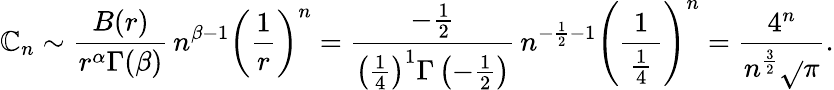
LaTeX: \mathbb{C}_{n}\sim{\frac{{B(r)}}{{r^{\alpha}\Gamma(\beta)}}}\, n^{\beta-1}\left({\frac{{1}}{{r}}}\right)^{n}={\frac{{-{\frac{{1}}{{2}}}}}{{\left({\frac{{1}}{{4}}}\right)^{1}\Gamma\left(-{\frac{{1}}{{2}}}\right)}}}\, n^{-{\frac{{1}}{{2}}}-1}\left({\frac{{1}}{{\, {\frac{{1}}{{4}}}\, }}}\right)^{n}={\frac{{4^{n}}}{{n^{\frac{{3}}{{2}}}{\sqrt{}{{\pi}}}}}}.